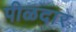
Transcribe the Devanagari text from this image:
पीळदार